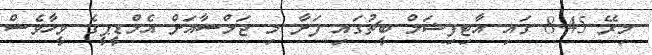
މިރޭ 8.45 ގައި އާޓިފިޝަލް ބީޗުގައި ފަށާ މި ޖަލްސާއަށް އެމްޑީޕީގެ ވީހާވެސް